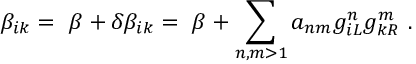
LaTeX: \beta _ { i k } = \ \beta + \delta \beta _ { i k } = \ \beta + \sum _ { n , m > 1 } a _ { n m } g _ { i L } ^ { n } g _ { k R } ^ { m } \ .